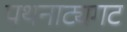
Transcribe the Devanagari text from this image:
पथनाट्यगट